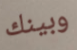
وبينك